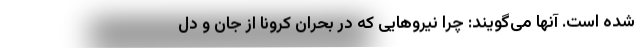
شده است. آنها می‌گویند: چرا نیروهایی که در بحران کرونا از جان و دل